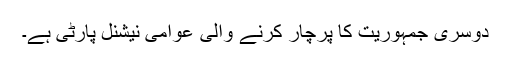
دوسری جمہوریت کا پرچار کرنے والی عوامی نیشنل پارٹی ہے۔